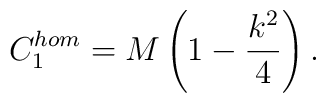
C_1^{hom} =M\left(1 -\frac{k^2}{4}\right).